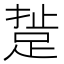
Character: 𨁘